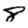
Digit: 8